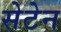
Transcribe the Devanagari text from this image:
सेटेन